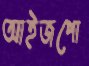
আইজপো